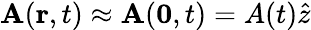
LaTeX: {\mathbf A}({\mathbf r},t)\approx{\mathbf A}(\mathbf{0},t)=A(t)\hat{z}